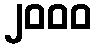
၂၀၀၀